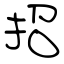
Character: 招